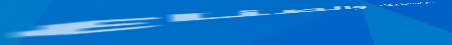
محل بيع البلاستيك والصناع